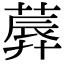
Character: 𦸳